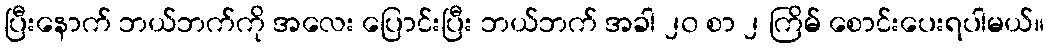
ပြီးနောက် ဘယ်ဘက်ကို အလေး ပြောင်းပြီး ဘယ်ဘက် အခါ ၂၀ စာ ၂ ကြိမ် စောင်းပေးရပါမယ်။